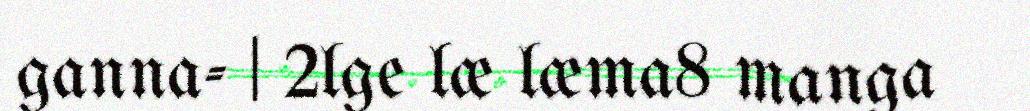
ganna- | 2lge læ læma8 manga